Punjab Mental Hospital Lahore 1932-46 - 1932-1946
Year: 1932
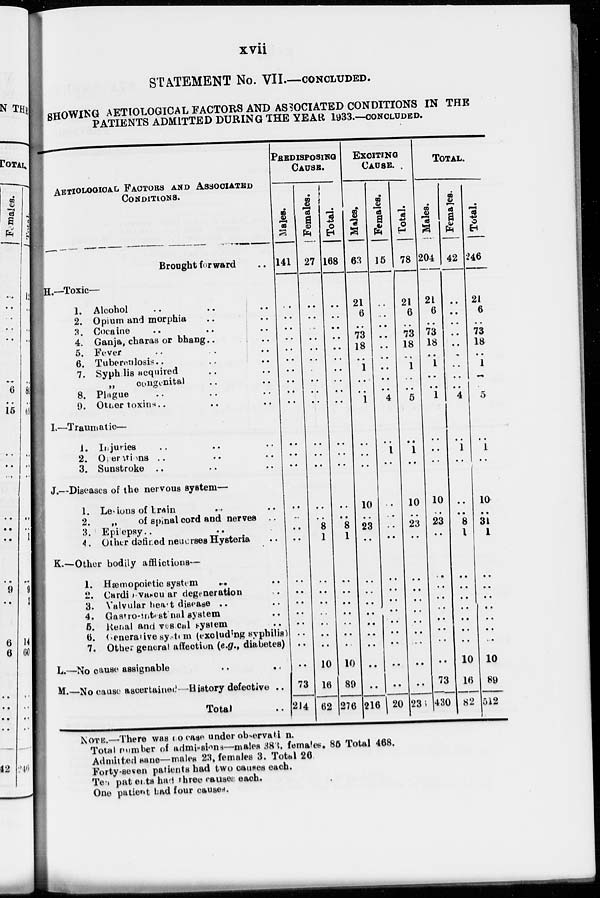
xvii
STATEMENT No. VII.—CONCLUDED.
SHOWING AETIOLOGICAL FACTORS AND ASSOCIATED CONDITIONS IN THE
PATIENTS ADMITTED DURING THE YEAR 1933.—CONCLUDED.
AETIOLOGICAL FACTORS AND ASSOCIATED
CONDITIONS.
Brought forward ..
H.—Toxic—
1. Alcohol .. .. ..
2. Opium and morphia .. ..
3. Cocaine .. .. ..
4. Ganja, charas or bhang .. ..
5. Fever .. .. ..
6. Tubereuliosis .. .. ..
7. Syphilis acquired .. ..
„
congenital .. ..
8. Plague .. .. ..
9. Other toxins .. .. ..
I.—Traumatic—
J. Injuries .. .. ..
2. Operations .. .. ..
3. Sunstroke .. .. ..
J.—Diseases of the nervous system—
1. Lesions of brain .. ..
2.
„
of spinal cord and nerves ..
3. Epilepsy.. .. ..
4. Other defined neuorses Hysteria ..
K.—Other bodily afflictions—
1. Hæmopoietic system
.. ..
2. Cardio-vascular degeneration ..
3. Valvular heart disease .. ..
4. Gastro-intestinal system .. ..
5. Renal and vesical system ..
6. Generative system (excluding syphilis)
7. Other general affection (e.g., diabetes)
L.—No cause assignable
..
..
M.—No cause ascertained—History defective ..
Total ..
PREDISPOSlNG
CAUSE.
Males.
141
..
..
..
..
..
..
..
..
..
..
..
..
..
..
..
..
..
..
..
..
..
..
..
..
..
73
214
Females.
27
..
..
..
..
..
..
..
..
..
..
..
..
..
..
..
8
1
..
..
..
..
..
..
..
10
16
62
Total.
168
..
..
..
..
..
..
..
..
..
..
..
..
..
..
..
8
1
..
..
..
..
..
..
..
10
89
276
EXCITING
CAUSE.
Males.
63
21
6
..
73
18
..
1
..
..
1
..
..
..
10
..
23
..
..
..
..
..
..
..
..
..
..
216
Females.
15
..
..
..
..
..
..
..
..
..
4
..
1
..
..
..
..
..
..
..
..
..
..
..
..
..
..
20
Total.
78
21
6
..
73
18
..
1
..
..
5
..
1
..
10
..
23
..
..
..
..
..
..
..
..
..
..
236
TOTAL.
Males.
204
21
6
..
73
18
..
1
..
..
1
..
..
..
10
..
23
..
..
..
..
..
..
..
..
..
73
430
Females.
42
..
..
..
..
..
..
..
..
..
4
..
1
..
..
..
8
1
..
..
..
..
..
..
..
10
16
82
Total.
246
21
6
..
73
18
..
1
..
..
5
..
1
..
10
..
31
1
..
..
..
..
..
..
..
10
89
512
NOTE.—There was no case under observation.
Total number of admissions—males 383, females. 85 Total 468.
Admitted sane—males 23, females 3. Total 26.
Forty-seven patients had two causes each.
Ten patients had three causes each.
One patient had four causes.